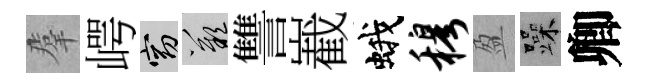
羣崿窈嘆讐嶻蛾穆盈躁卿